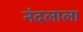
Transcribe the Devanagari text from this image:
नंदलाला